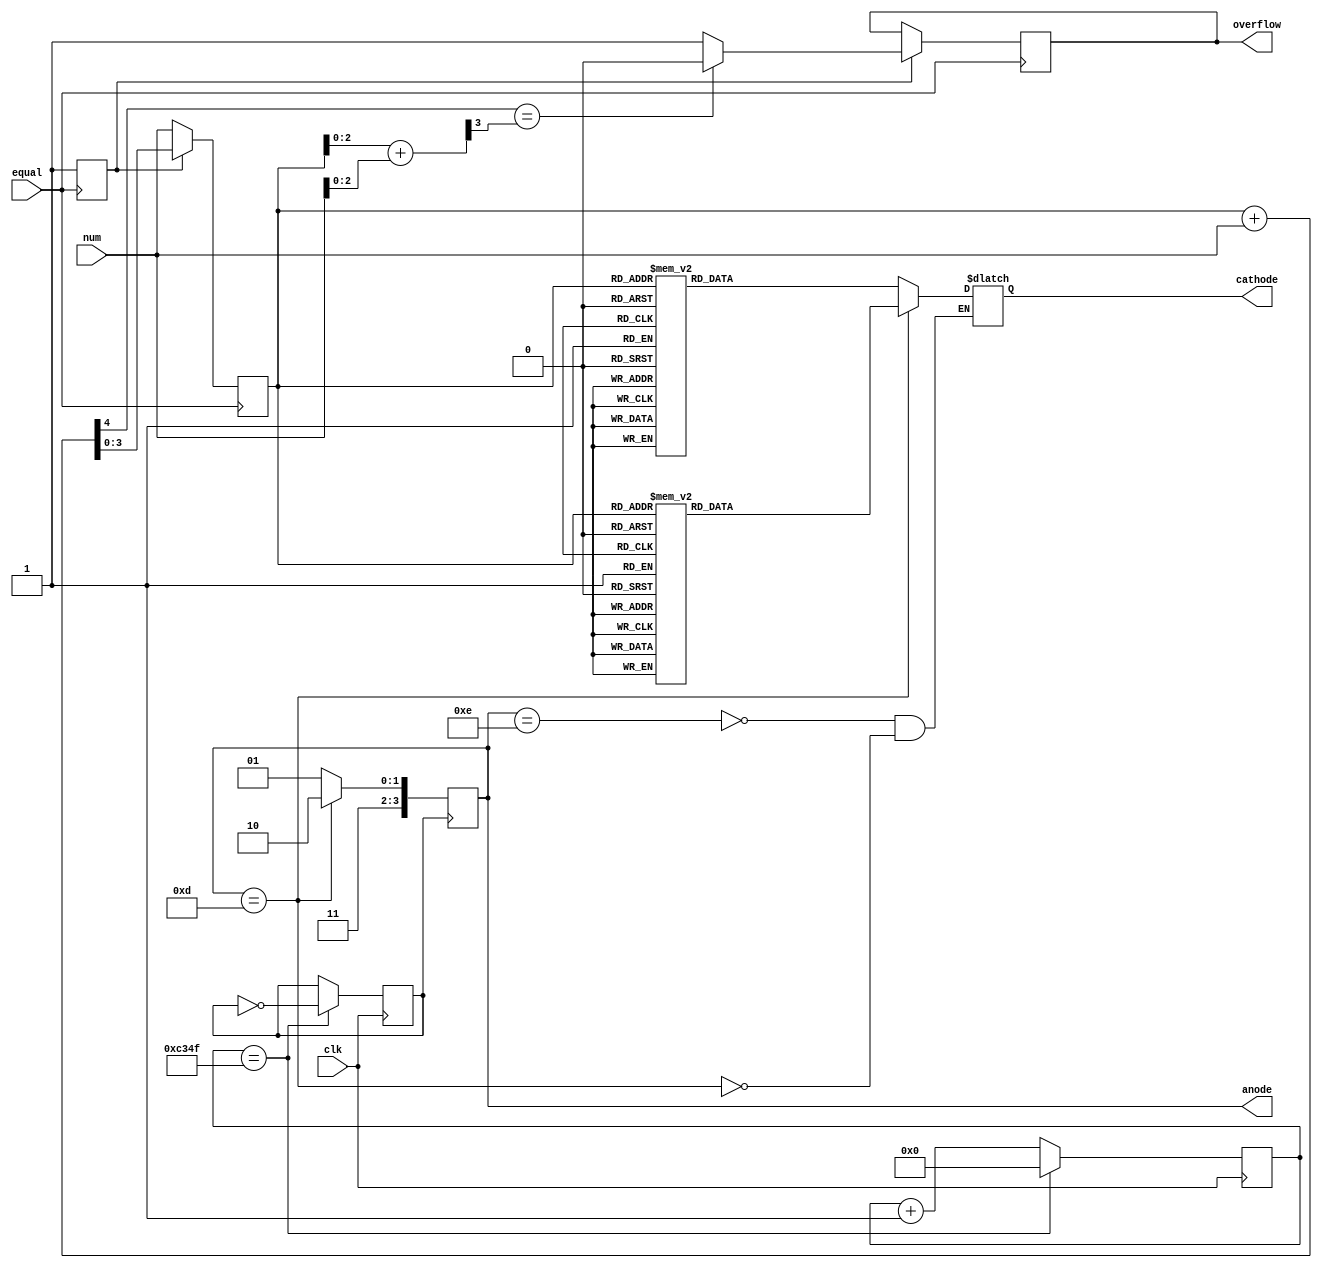
module calculator(num,equal,anode,cathode,overflow,clk

    );
    input [3:0]num;
    input equal,clk;
    output [3:0]anode;
    output [6:0]cathode;
    output overflow;
    
    parameter s0=7'b0000001;
    parameter s1=7'b1001111;
    parameter s2=7'b0010010;
    parameter s3=7'b0000110;
    parameter s4=7'b1001100;
    parameter s5=7'b0100100;
    parameter s6=7'b0100000;
    parameter s7=7'b0001111;
    parameter s8=7'b0000000;
    parameter sn=7'b1111110;
    parameter sp=7'b1111111;
    
    
    reg indi=0;
    reg clock;
    reg overflow=0;
    reg c_out,c_out1;
    reg [2:0]summ,numm,SSDD;
    reg [3:0]next_state,anode;
    reg [3:0]SSD;
    reg [15:0]Q;
    reg [3:0] sum;
    reg [6:0]cathode=7'b1111111;
                 
    always @ (posedge equal)begin
    if(indi==0)begin
    SSD=num;
    indi=1;end
    else begin
    sum=SSD;
    summ[2:0]=sum[2:0];
    numm[2:0]=num[2:0];
    {c_out,SSD}=sum+num;
    {c_out1,SSDD}=summ+numm;
    if(c_out==c_out1)overflow=0;
    else overflow=1;
    end
    end
     
    
    
    always @ (posedge clk)begin
        if (Q==16'b1100001101001111) begin
        clock<=~clock;
        Q<=0;
        end 
        else begin
        Q<=Q+1;
        end
        end
        
        always @(posedge clock)
        anode<=next_state;
    
       always @(anode)
                 case(anode)
                     4'b1110: begin
                         next_state=4'b1101;
                         case(SSD)
                         4'b0000:cathode=s0;
                         4'b0001:cathode=s1;
                         4'b0010:cathode=s2;
                         4'b0011:cathode=s3;
                         4'b0100:cathode=s4;
                         4'b0101:cathode=s5;
                         4'b0110:cathode=s6;
                         4'b0111:cathode=s7;
                         4'b1000:cathode=s8;
                         4'b1001:cathode=s7;
                         4'b1010:cathode=s6;
                         4'b1011:cathode=s5;
                         4'b1100:cathode=s4;
                         4'b1101:cathode=s3;
                         4'b1110:cathode=s2;
                         4'b1111:cathode=s1;
                         default:cathode=7'b1111111;
                         endcase
                         end
                     4'b1101:begin
                     next_state=4'b1110;
                     case(SSD)
                                         4'b0000:cathode=sp;
                                         4'b0001:cathode=sp;
                                         4'b0010:cathode=sp;
                                         4'b0011:cathode=sp;
                                         4'b0100:cathode=sp;
                                         4'b0101:cathode=sp;
                                         4'b0110:cathode=sp;
                                         4'b0111:cathode=sp;
                                         4'b1000:cathode=sn;
                                         4'b1001:cathode=sn;
                                         4'b1010:cathode=sn;
                                         4'b1011:cathode=sn;
                                         4'b1100:cathode=sn;
                                         4'b1101:cathode=sn;
                                         4'b1110:cathode=sn;
                                         4'b1111:cathode=sn;
                                         default:cathode=7'b1111111;
                                         endcase
                     end
                default:next_state=4'b1101;
                endcase
        
    
endmodule